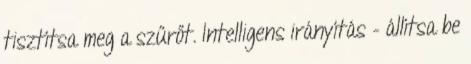
tisztítsa meg a szűrőt. Intelligens irányítás – állítsa be